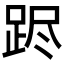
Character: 𲃥